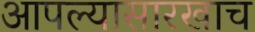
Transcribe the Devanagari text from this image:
आपल्यासारखाच